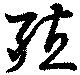
殖